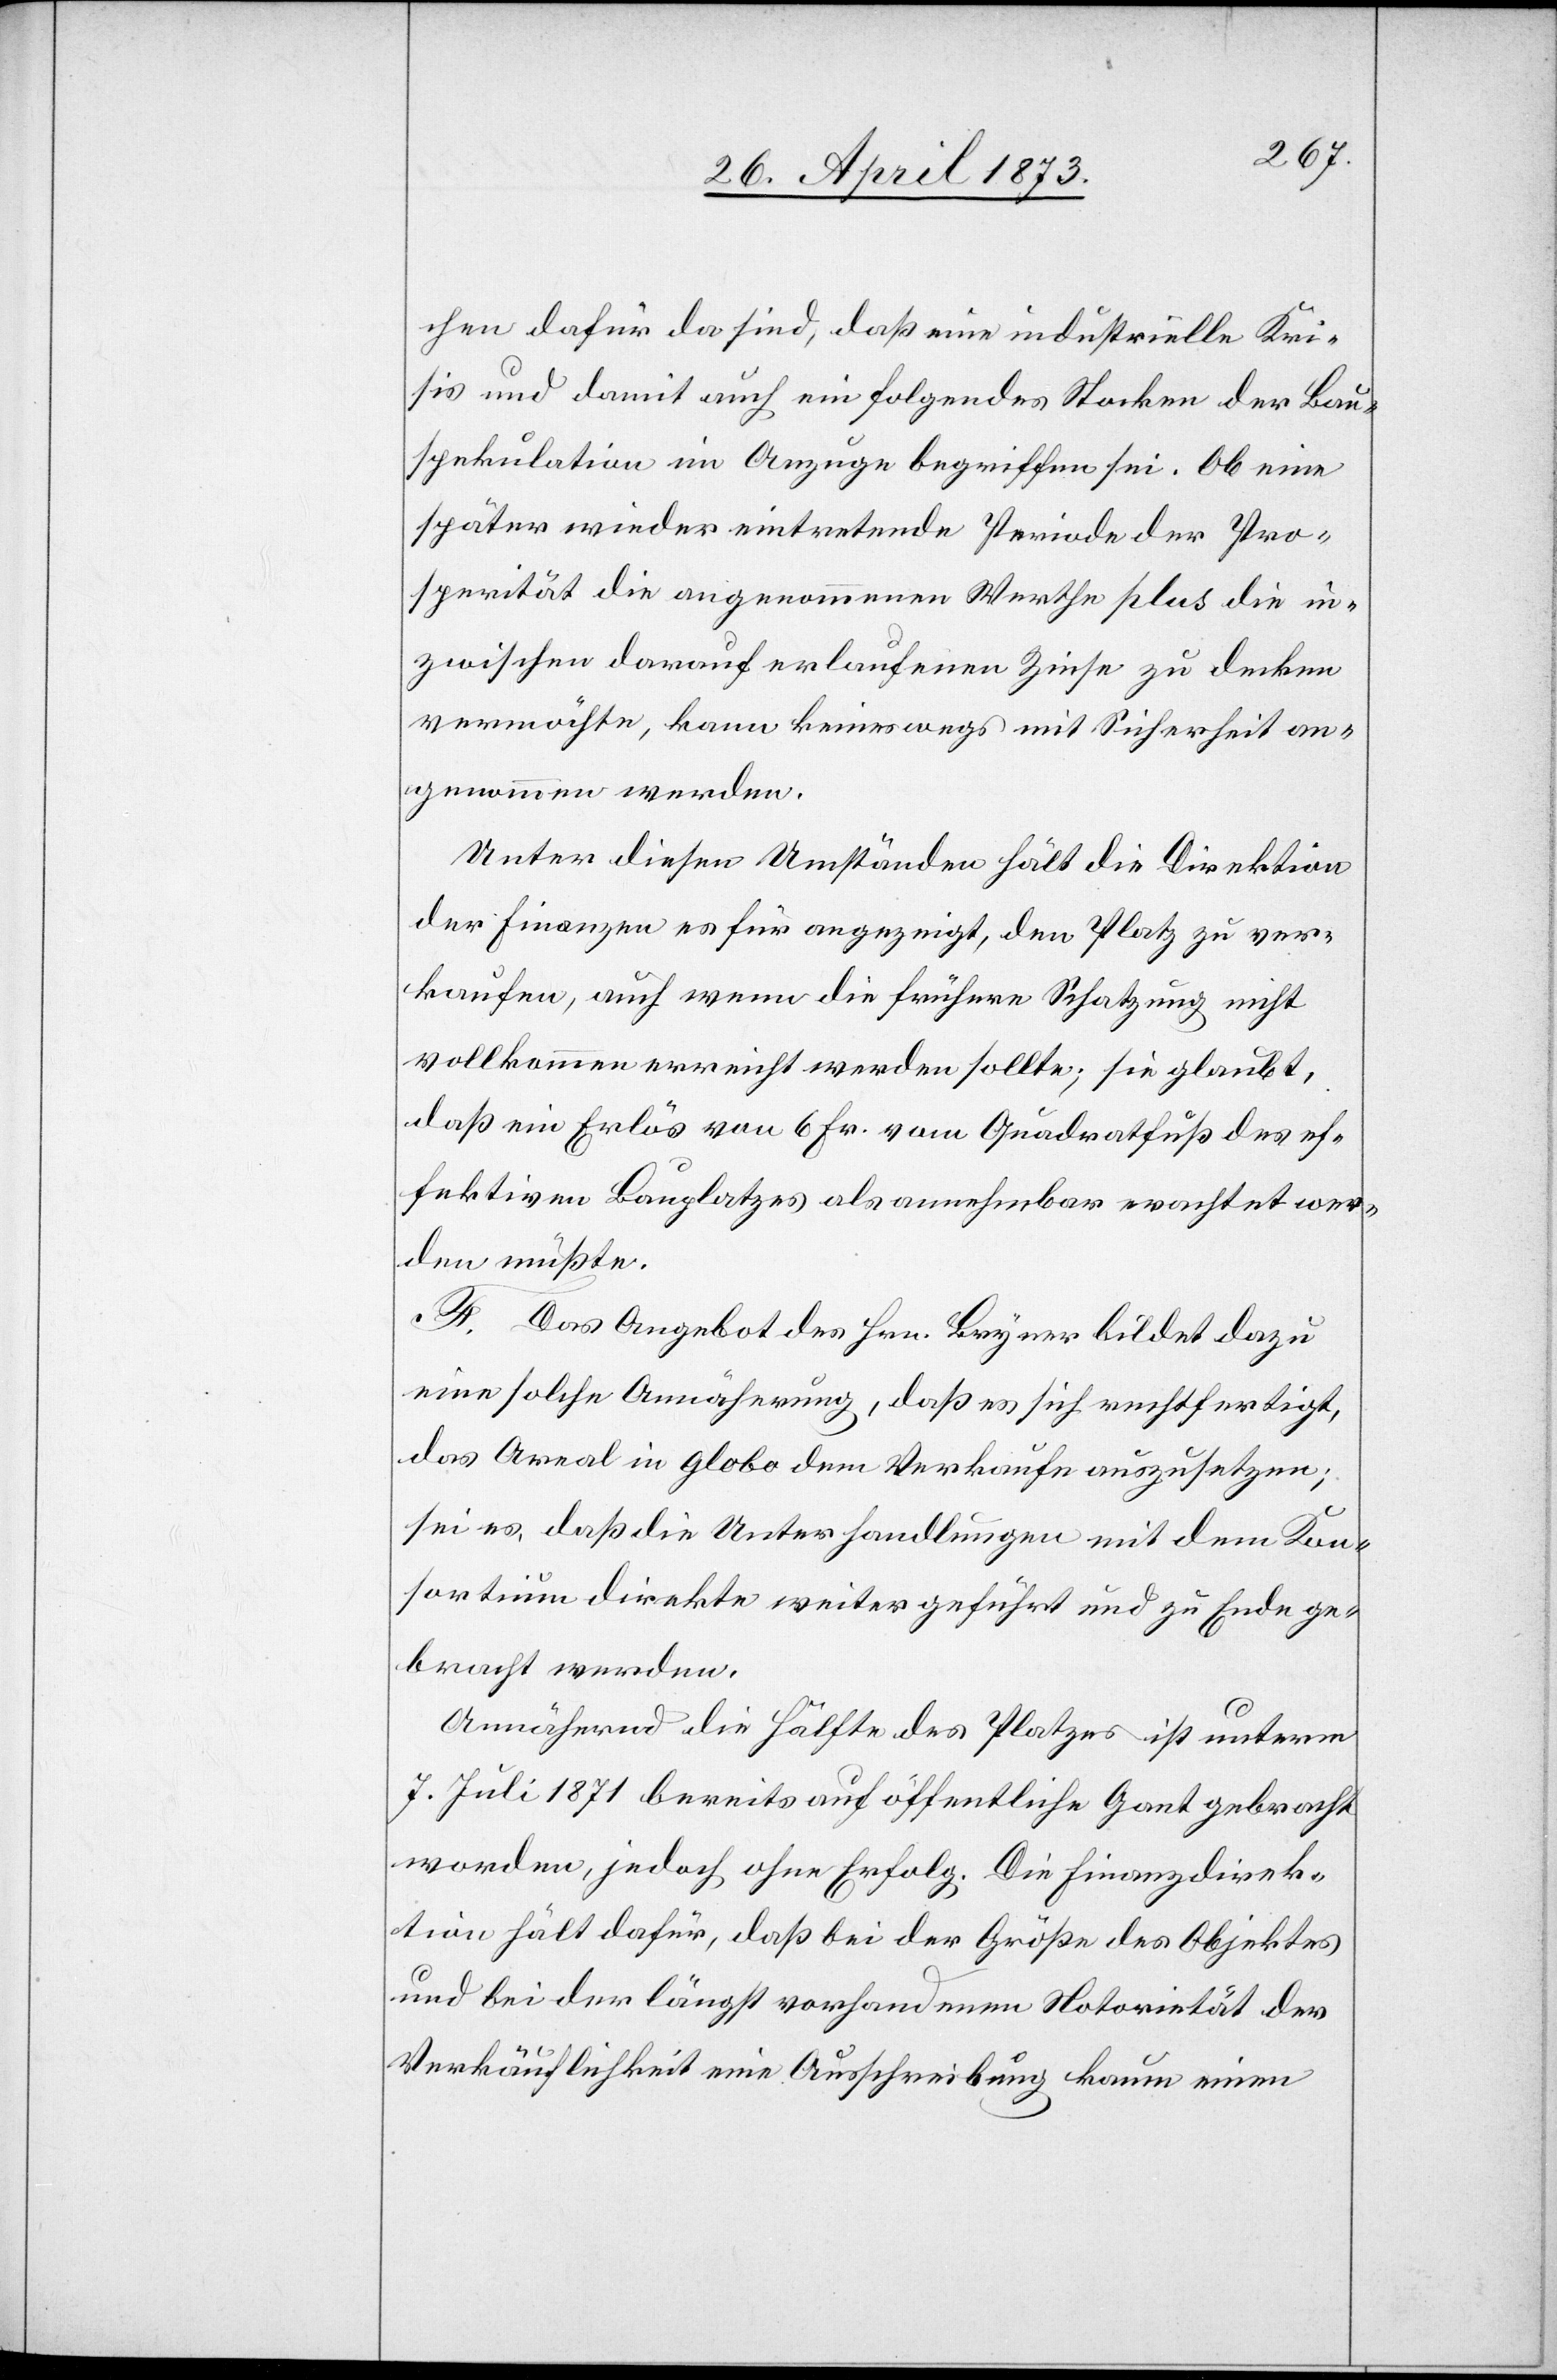
chen dafür da sind, daß eine industrielle Kri¬
sis und damit auch ein folgendes Starken der Bau¬
spekulation im Anzuge begriffen sei. Ob eine
später wieder eintretende Periode der Pro¬
sperität die angenommenen Werthe plus die in¬
zwischen darauf erlaufenen Zinse zu decken
vermöchte, kann keineswegs mit Sicherheit an¬
genommen werden.
Unter diesen Umständen hält die Direktion
der Finanzen es für angezeigt, den Platz zu ver¬
kaufen, auch wenn die frühere Schatzung nicht
vollkommen erreicht werden sollte; sie glaubt,
daß ein Erlös von 6 Fr. vom Quadratfuß des ef¬
fektiven Bauplatzes als annehmbar erachtet wer¬
den müßte.
F. Das Angebot des Hrn. Bryner bildet dazu
eine solche Annäherung, daß es sich rechtfertigt,
das Areal in globo dem Verkaufe auszusetzen;
sei es, daß die Unterhandlungen mit dem Kon¬
sortium direkte weitergeführt und zu Ende ge¬
bracht werden.
Annähernd die Hälfte des Platzes ist unterm
7. Juli 1871 bereits auf öffentliche Gant gebracht
worden, jedoch ohne Erfolg. Die Finanzdirek¬
tion hält dafür, daß bei der Größe des Objektes
und bei der längst vorhandenen Notorietät der
Verkäuflichkeit eine Ausschreibung kaum einen